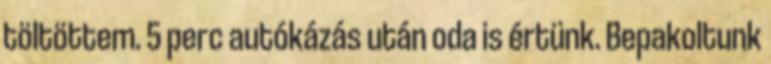
töltöttem. 5 perc autókázás után oda is értünk. Bepakoltunk